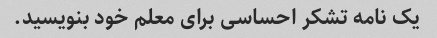
یک نامه تشکر احساسی برای معلم خود بنویسید.